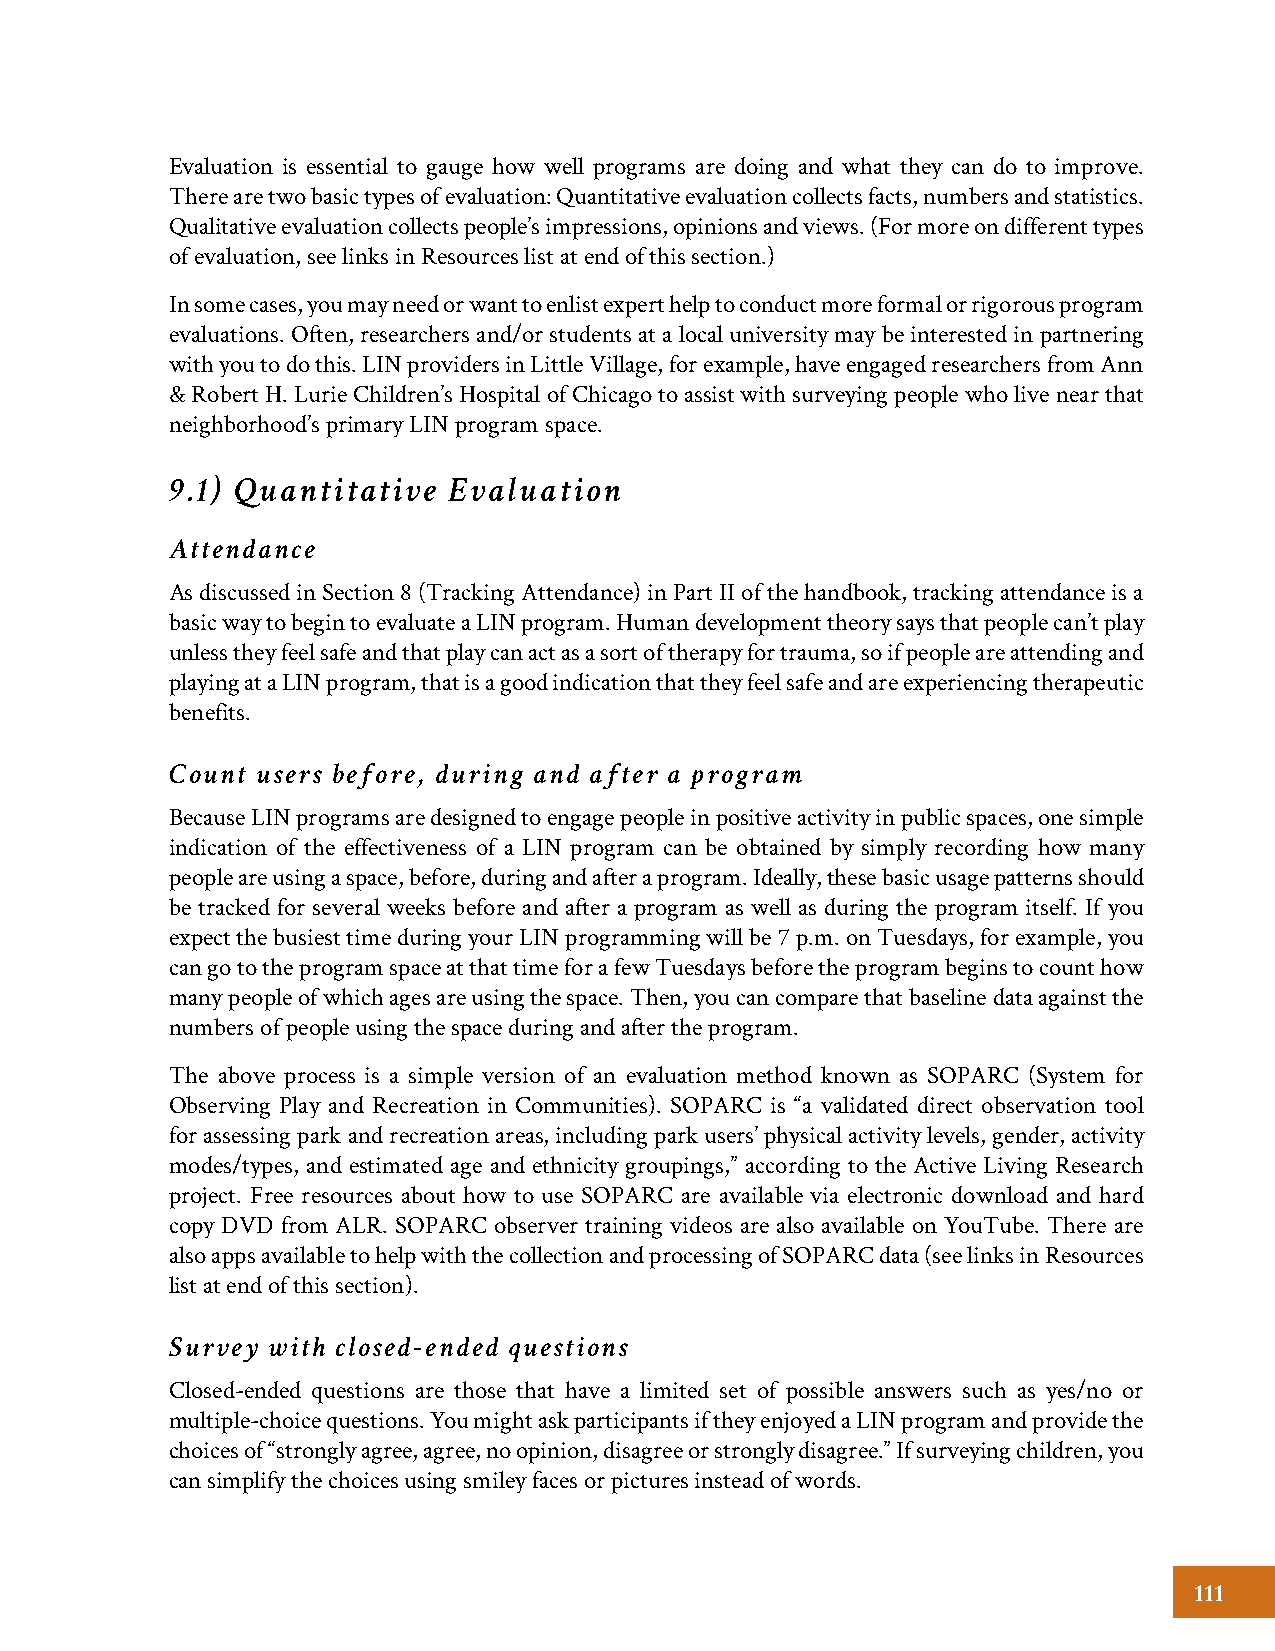
Evaluation is essential to gauge how well programs are doing and what they can do to improve.
 There are two basic types of evaluation: Quantitative evaluation collects facts, numbers and statistics.
 Qualitative evaluation collects people’s impressions, opinions and views. (For more on different types
 of evaluation, see links in Resources list at end of this section.)
 In some cases, you may need or want to enlist expert help to conduct more formal or rigorous program
 evaluations. Often, researchers and/or students at a local university may be interested in partnering
 with you to do this. LIN providers in Little Village, for example, have engaged researchers from Ann
 & Robert H. Lurie Children’s Hospital of Chicago to assist with surveying people who live near that
 neighborhood’s primary LIN program space.
 9.1) Quantitative  Evaluation
 Attendance
 As discussed in Section 8 (Tracking Attendance) in Part II of the handbook, tracking attendance is a
 basic way to begin to evaluate a LIN program. Human development theory says that people can’t play
 unless they feel safe and that play can act as a sort of therapy for trauma, so if people are attending and
 playing at a LIN program, that is a good indication that they feel safe and are experiencing therapeutic
 benefits.
 Count users before, during and after a program
 Because LIN programs are designed to engage people in positive activity in public spaces, one simple
 indication of the effectiveness of a LIN program can be obtained by simply recording how many
 people are using a space, before, during and after a program. Ideally, these basic usage patterns should
 be tracked for several weeks before and after a program as well as during the program itself. If you
 expect the busiest time during your LIN programming will be 7 p.m. on Tuesdays, for example, you
 can go to the program space at that time for a few Tuesdays before the program begins to count how
 many people of which ages are using the space. Then, you can compare that baseline data against the
 numbers of people using the space during and after the program.
 The above process is a simple version of an evaluation method known as SOPARC (System for
 Observing Play and Recreation in Communities). SOPARC is “a validated direct observation tool
 for assessing park and recreation areas, including park users’ physical activity levels, gender, activity
 modes/types, and estimated age and ethnicity groupings,” according to the Active Living Research
 project. Free resources about how to use SOPARC are available via electronic download and hard
 copy DVD from ALR. SOPARC observer training videos are also available on YouTube. There are
 also apps available to help with the collection and processing of SOPARC data (see links in Resources
 list at end of this section).
 Survey with closed-ended questions
 Closed-ended questions are those that have a limited set of possible answers such as yes/no or
 multiple-choice questions. You might ask participants if they enjoyed a LIN program and provide the
 choices of “strongly agree, agree, no opinion, disagree or strongly disagree.” If surveying children, you
 can simplify the choices using smiley faces or pictures instead of words.
 111